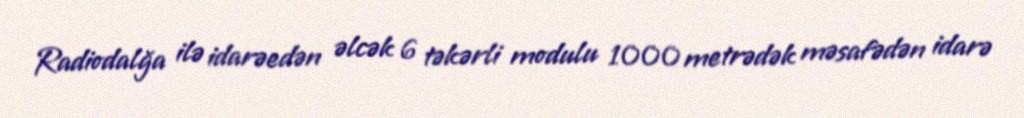
Radiodalğa ilə idarəedən əlcək 6 təkərli modulu 1000 metrədək məsafədən idarə